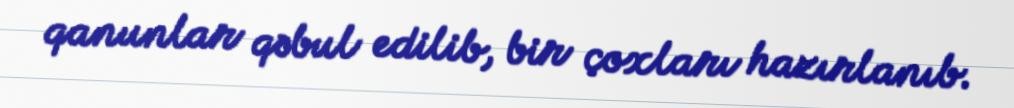
qanunlar qəbul edilib, bir çoxları hazırlanıb.